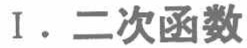
I. 二次函数